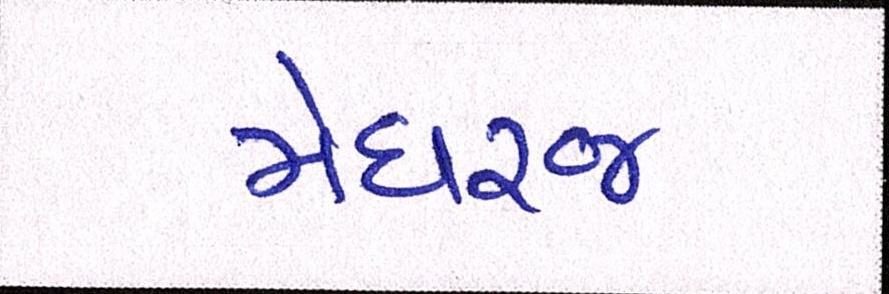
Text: મેઘરજ